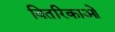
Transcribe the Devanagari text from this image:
वितरिकाओं